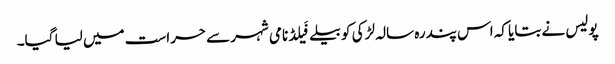
پولیس نے بتایا کہ اس پندرہ سالہ لڑکی کو بیلےفَیلڈ نامی شہر سے حراست میں لیا گیا۔